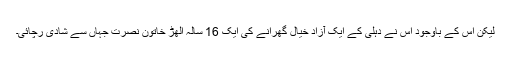
لیکن اس کے باوجود اس نے دہلی کے ایک آزاد خیال گھرانے کی ایک 16 سالہ الھڑ خاتون نصرت جہاں سے شادی رچائی۔